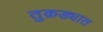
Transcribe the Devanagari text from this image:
तुक़ड्यात